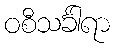
ဝစီသင်္ခါရာ